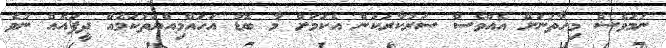
ނަމަވެސް މިހާތަނަށް އެއްވެސް ސަރުކާރަކުން އެކަމަށް މާ ބޮޑު އަހައްމިއްޔަތުކަމެއް ދީފައެއް ނުވެ